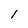
Character: 1